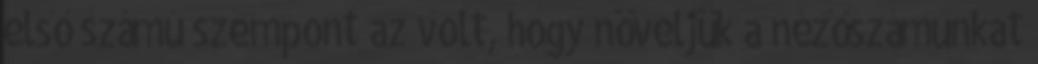
első számú szempont az volt, hogy növeljük a nézőszámunkat